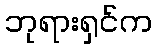
ဘုရားရှင်က